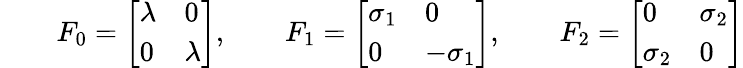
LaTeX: \qquad F_{0}=\left[\begin{array}{ll}{\lambda}&{0}\\ {0}&{\lambda}\end{array}\right],\qquad F_{1}=\left[\begin{array}{ll}{\sigma_{1}}&{0}\\ {0}&{-\sigma_{1}}\end{array}\right],\qquad F_{2}=\left[\begin{array}{ll}{0}&{\sigma_{2}}\\ {\sigma_{2}}&{0}\end{array}\right]